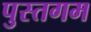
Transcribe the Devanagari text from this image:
पुस्तगम